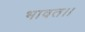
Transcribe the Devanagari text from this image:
भावत।।